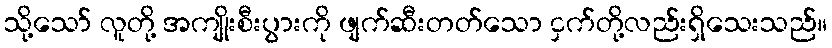
သို့သော် လူတို့ အကျိုးစီးပွားကို ဖျက်ဆီးတတ်သော ငှက်တို့လည်းရှိသေးသည်။